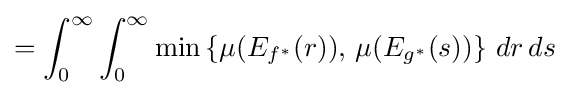
=\int _{0}^{\infty }\int _{0}^{\infty }\min \left\{\mu (E_{f^{*}}(r)),\,\mu (E_{g^{*}}(s))\right\}\,dr\,ds